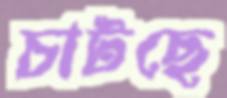
চাটছে